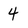
Character: 4